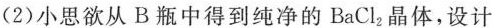
(2)小思欲从B瓶中得到纯净的BaCl_{2}晶体，设计